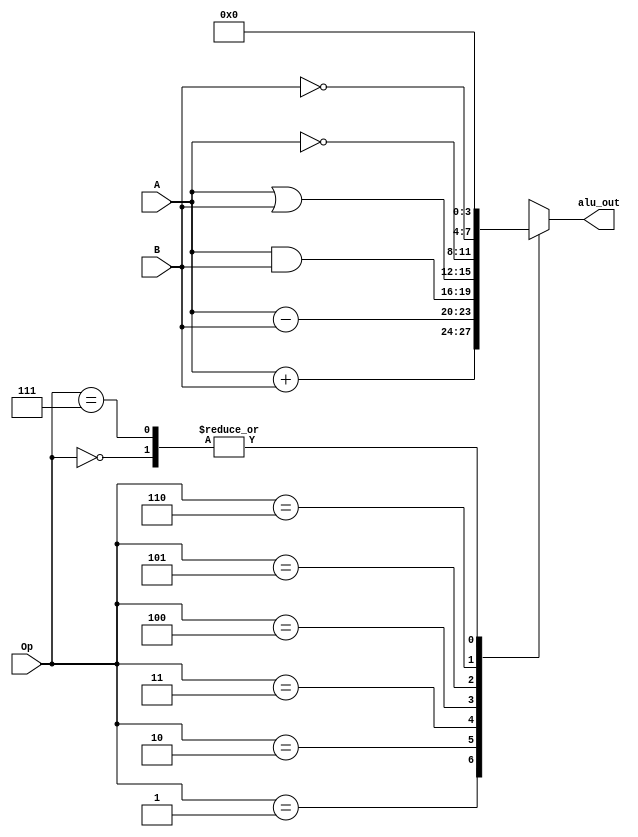
module alu(A,B,Op,alu_out);
input [3:0] A,B;
input [2:0] Op;
output reg [3:0] alu_out;
always @(*)
 begin
 case (Op)
    3'b000:alu_out=0;
    3'b001: alu_out= A+B;
    3'b010: alu_out=A-B;
    3'b011: alu_out=A&B;
    3'b100: alu_out=A|B;
    3'b101: alu_out= ~A;
    3'b110: alu_out= ~B;
    3'b111: alu_out=0; 
    default: alu_out=0;
 endcase    
end
endmodule